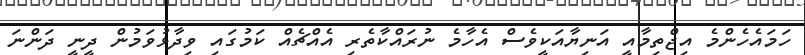
ހަމައެހެންމެ އިޖްތިމާއީ އަނިޔާއަކީވެސް އެހާމެ ނުރައްކާތެރި އެއްޗެއް ކަމުގައި ވިދާޅުވަމުން ދީނީ ދަންނަ